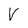
Character: V